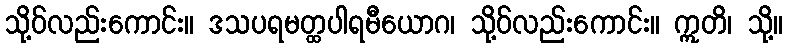
သို့ဝ်လည်းကောင်း။ ဒသပရမတ္ထပါရမီယောဂ၊ သို့ဝ်လည်းကောင်း။ ဣတိ၊ သို့။